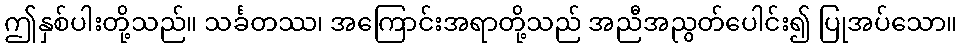
ဤနှစ်ပါးတို့သည်။ သင်္ခတဿ၊ အကြောင်းအရာတို့သည် အညီအညွတ်ပေါင်း၍ ပြုအပ်သော။